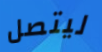
ليتصل